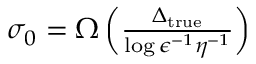
\begin{array} { r } { \sigma _ { 0 } = \Omega \left( \frac { \Delta _ { \mathrm { { t r u e } } } } { \log { \epsilon ^ { - 1 } \eta ^ { - 1 } } } \right) } \end{array}